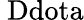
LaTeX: \mathrm{\ Ddot{a}}